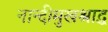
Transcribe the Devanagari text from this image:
नान्दीमुखश्राद्ध